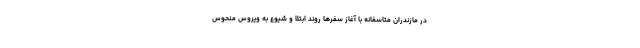
در مازندران متاسفانه با آغاز سفرها روند ابتلا و شیوع به ویروس منحوس